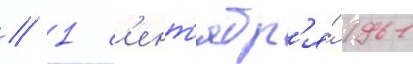
// 1 с'ент'ябр'я́ 1961